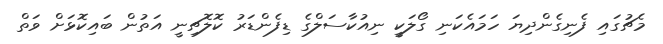
މެޗުގައި ފެނިގެންދިޔަ ހަމައެކަނި ގޯލަކީ ނިއުކާސަލްގެ ޑިފެންޑަރު ކޮލޮޗިނީ އަތުން ބައިކޮޅަށް ވަތް